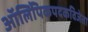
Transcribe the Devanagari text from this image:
ऑलिंपिकपदकविजेता